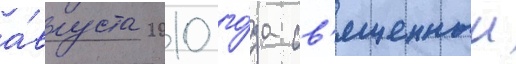
а́вгуста 2010 го́да св'ященныи